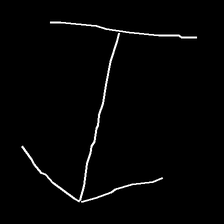
Glyph: levitation